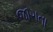
જાગતા